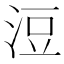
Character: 浢